Insane asylums in Bengal annual reports 1876-1887 - 1876-1887
Year: 1876
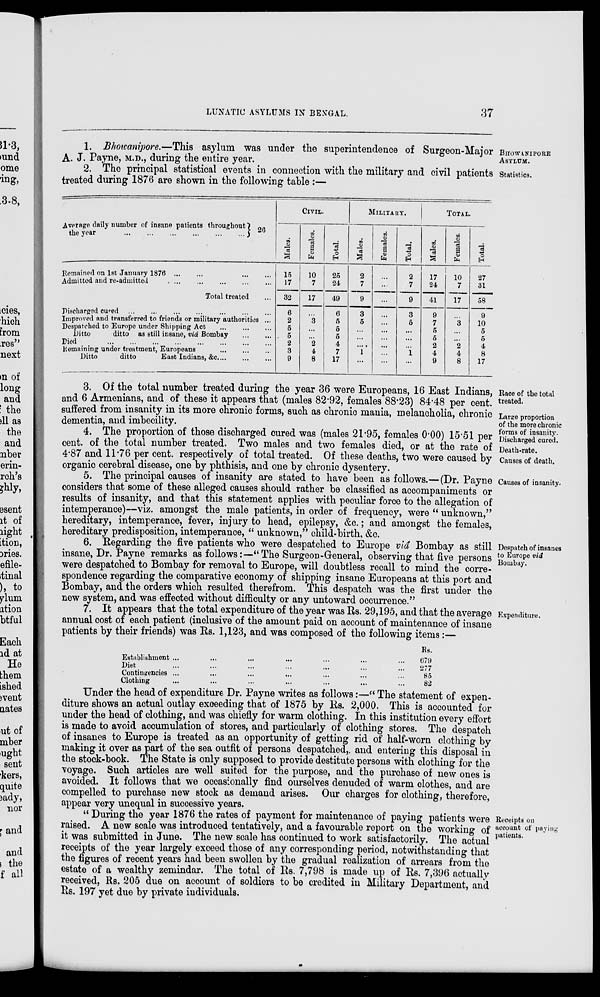
LUNATIC ASYLUMS IN BENGAL.
37
BHOWANIPORE
ASYLUM.
1. Bhowanipore.—This asylum was under the superintendence of Surgeon-Major
A. J. Payne, M.D., during the entire year.
Statistics.
2. The principal statistical events in connection with the military and civil patients
treated during 1876 are shown in the following table :—
Average daily number of insane patients throughout
the year ... ... ... ... ... ... ... ... ... ... ... 26
Remained on 1st January 1876
...
...
...
...
Admitted and re-admitted
...
...
...
...
...
Total treated ...
Discharged cured ... ... ... ... ... ... ... ... ... ...
Improved and transferred to friends or military authorities ...
Despatched to Europe under Shipping Act
...
...
...
Ditto
ditto as still insane, viâ Bombay
...
...
Died ... ... ... ... ... ... ... ... ... ... ...
Remaining under treatment, Europeans
...
...
...
Ditto
ditto
East Indians, &c. ... ... ...
CIVIL.
Males.
15
17
32
6
2
5
5
2
3
9
Females.
10
7
17
...
3
...
...
2
4
8
Total.
25
24
49
6
5
5
5
4
7
17
MILITARY.
Males.
2
7
9
3
5
...
...
...
1
...
Females.
...
...
...
...
...
...
...
...
...
...
Total.
2
7
9
3
5
...
...
...
1
...
TOTAL.
Males.
17
24
41
9
7
5
5
2
4
9
Females.
10
7
17
...
3
...
...
2
4
8
Total.
27
31
58
9
10
5
5
4
8
17
Race of the total
treated.
3. Of the total number treated during the year 36 were Europeans, 16 East Indians,
and 6 Armenians, and of these it appears that (males 82.92, females 88.23) 84.48 per cent.
suffered from insanity in its more chronic forms, such as chronic mania, melancholia, chronic
dementia, and imbecility.
Large proportion
of the more chronic
forms of insanity.
Discharged cured.
Death-rate.
Causes of death.
4. The proportion of those discharged cured was (males 21.95, females 0.00) 15.51 per
cent. of the total number treated. Two males and two females died, or at the rate of
4.87 and 11.76 per cent. respectively of total treated. Of these deaths, two were caused by
organic cerebral disease, one by phthisis, and one by chronic dysentery.
Causes of insanity.
5. The principal causes of insanity are stated to have been as follows.—(Dr. Payne
considers that some of these alleged causes should rather be classified as accompaniments or
results of insanity, and that this statement applies with peculiar force to the allegation of
intemperance)—viz. amongst the male patients, in order of frequency, were " unknown,"
hereditary, intemperance, fever, injury to head, epilepsy, &c.; and amongst the females,
hereditary predisposition, intemperance, " unknown," child-birth, &c.
Despatch of insanes
to Europe viâ
Bombay.
6. Regarding the five patients who were despatched to Europe viâ Bombay as still
insane, Dr. Payne remarks as follows:—" The Surgeon -General, observing that five persons
were despatched to Bombay for removal to Europe, will doubtless recall to mind the corre-
spondence regarding the comparative economy of shipping insane Europeans at this port and
Bombay, and the orders which resulted therefrom. This despatch was the first under the
new system, and was effected without difficulty or any untoward occurrence.''
Expenditure.
7. It appears that the total expenditure of the year was Rs. 29,195, and that the average
annual cost of each patient (inclusive of the amount paid on account of maintenance of insane
patients by their friends) was Rs. 1,123, and was composed of the following items:—
Establishment ... ... ... ... ... ... ...
Diet ... ... ... ... ... ... ...
Contingencies ... ... ... ... ... ... ...
Clothing ... ... ... ... ... ... ...
Rs.
679
277
85
82
Under the head of expenditure Dr. Payne writes as follows:—" The statement of expen-
diture shows an actual outlay exceeding that of 1875 by Rs. 2,000. This is accounted for
under the head of clothing, and was chiefly for warm clothing. In this institution every effort
is made to avoid accumulation of stores, and particularly of clothing stores. The despatch
of insanes to Europe is treated as an opportunity of getting rid of half-worn clothing by
making it over as part of the sea outfit of persons despatched,. and entering this disposal in
the stock-book. The State is only supposed to provide destitute persons with clothing for the
voyage. Such articles are well suited for the purpose, and the purchase of new ones is
avoided. It follows that we occasionally find ourselves denuded of warm clothes, and are
compelled to purchase new stock as demand arises. Our charges for clothing, therefore,
appear very unequal in successive years.
Receipts on
account of paying
patients.
" During the year 1876 the rates of payment tor maintenance of paying patients were
raised. A new scale was introduced tentatively, and a favourable report on the working of
it was submitted in June. The new scale has continued to work satisfactorily. The actual
receipts of the year largely exceed those of any corresponding period, notwithstanding that
the figures of recent years had been swollen by the gradual realization of arrears from the
estate of a wealthy zemindar. The total of Rs. 7,798 is made up of Rs. 7,396 actually
received, Rs. 205 due on account of soldiers to be credited in Military Department, and
Rs. 197 yet due by private individuals.